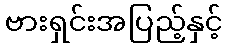
ဗားရှင်းအပြည့်နှင့်